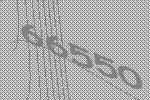
66550